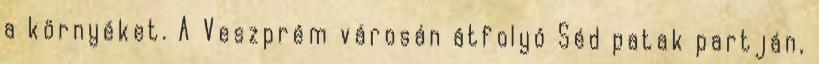
a környéket. A Veszprém városán átfolyó Séd patak partján,